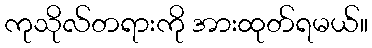
ကုသိုလ်တရားကို အားထုတ်ရမယ်။